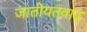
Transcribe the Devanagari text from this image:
जातीयतवाद